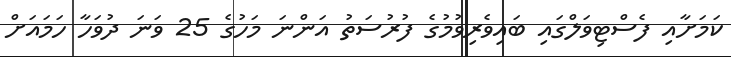
ކަމަށާއި ފެސްޓިވަލްގައި ބައިވެރިވުމުގެ ފުރުސަތު އަންނަ މަހުގެ 25 ވަނަ ދުވަހާ ހަމައަށް